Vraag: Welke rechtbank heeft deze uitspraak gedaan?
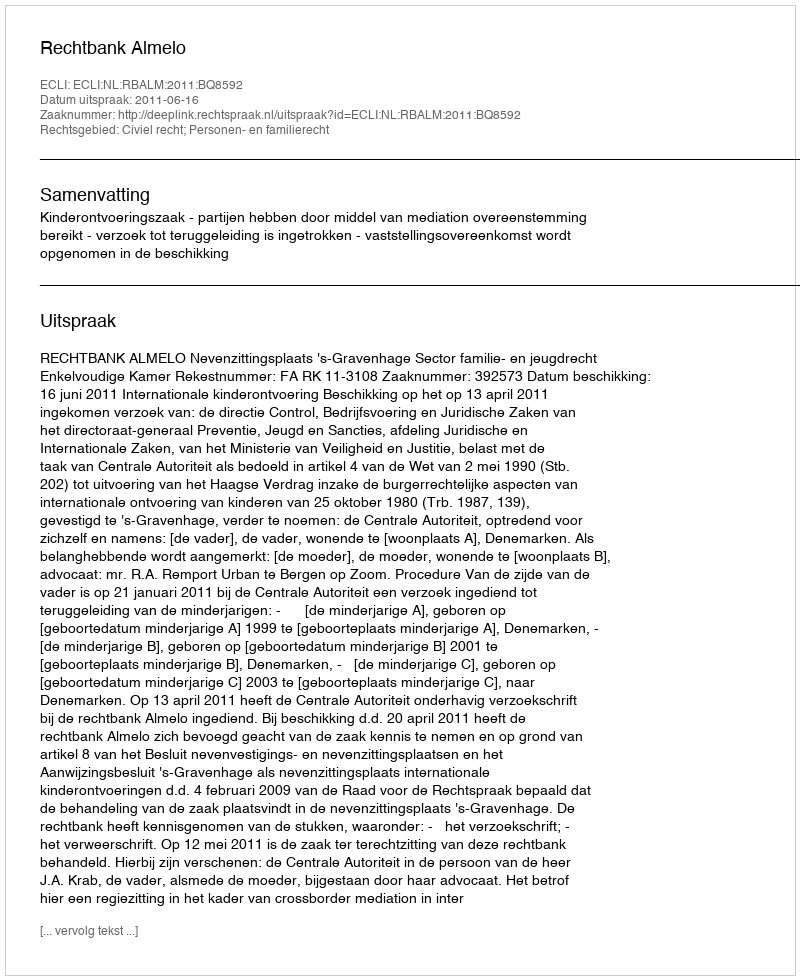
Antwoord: Rechtbank Almelo